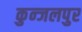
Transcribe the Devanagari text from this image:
कुन्जलपुर